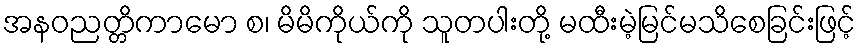
အနဝညတ္တိကာမော စ၊ မိမိကိုယ်ကို သူတပါးတို့ မထီးမဲ့မြင်မသိစေခြင်းဖြင့်